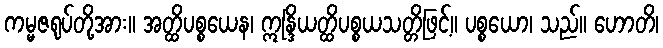
ကမ္မဇရုပ်တို့အား။ အတ္ထိပစ္စယေန၊ ဣန္ဒြိယတ္ထိပစ္စယသတ္တိဖြင့်။ ပစ္စယော၊ သည်။ ဟောတိ၊